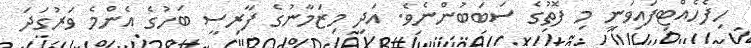
ހިފެހެއްޓިފައިވަނީ މި ފޮތުގެ ސަބަބުންނެވެ. އަދި މިޒަމާނުގެ ފާރިސީ ބަހުގެ އެންމެ ވަރުގަދަ